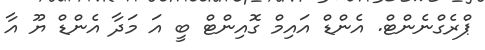
ޕްރެގްނެންޓް. އެންޑް އައިމް ގޮއިންޓް ބީ އަ މަދާ އެންޑް ޔޫ އާ